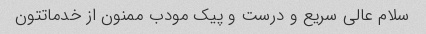
سلام عالی سریع و درست و پیک مودب ممنون از خدماتتون